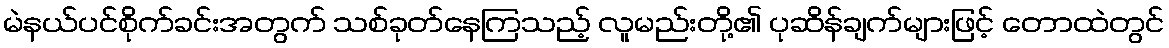
မဲနယ်ပင်စိုက်ခင်းအတွက် သစ်ခုတ်နေကြသည့် လူမည်းတို့၏ ပုဆိန်ချက်များဖြင့် တောထဲတွင်